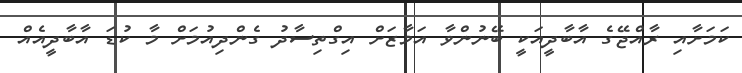
ކަމަށާއި ރާއްޖޭގެ އާބާދީއަކީ ބޭނުންވާ އަމާޒަށް އިގްތިސާދު ގެންދިއުމަށް މާ ކުޑަ އާބާދީއެއް